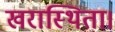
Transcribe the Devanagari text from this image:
खरास्थिता।